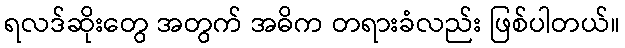
ရလဒ်ဆိုးတွေ အတွက် အဓိက တရားခံလည်း ဖြစ်ပါတယ်။